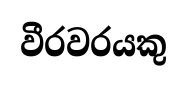
වීරවරයකු